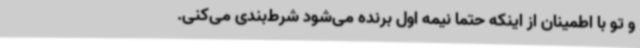
و تو با اطمینان از اینکه حتماً نیمه اول برنده می‌شود شرط‌بندی می‌کنی.